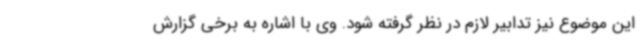
این موضوع نیز تدابیر لازم در نظر گرفته شود. وی با اشاره به برخی گزارش